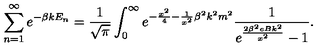
\sum _ { n = 1 } ^ { \infty } e ^ { - \beta k E _ { n } } = \frac { 1 } { \sqrt { \pi } } \int _ { 0 } ^ { \infty } e ^ { - \frac { x ^ { 2 } } { 4 } - \frac { 1 } { x ^ { 2 } } { \beta } ^ { 2 } k ^ { 2 } m ^ { 2 } } \frac { 1 } { e ^ { \frac { 2 { \beta } ^ { 2 } e B k ^ { 2 } } { x ^ { 2 } } } - 1 } .